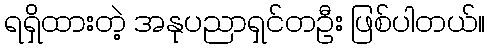
ရရှိထားတဲ့ အနုပညာရှင်တဦး ဖြစ်ပါတယ်။